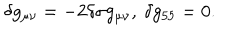
\delta g _ { \mu \nu } = - 2 \delta \sigma g _ { \mu \nu } , ~ \delta g _ { 5 5 } = 0 .